Vital statistics of India. Vol. VI, European troops 1870-79
Year: 1870
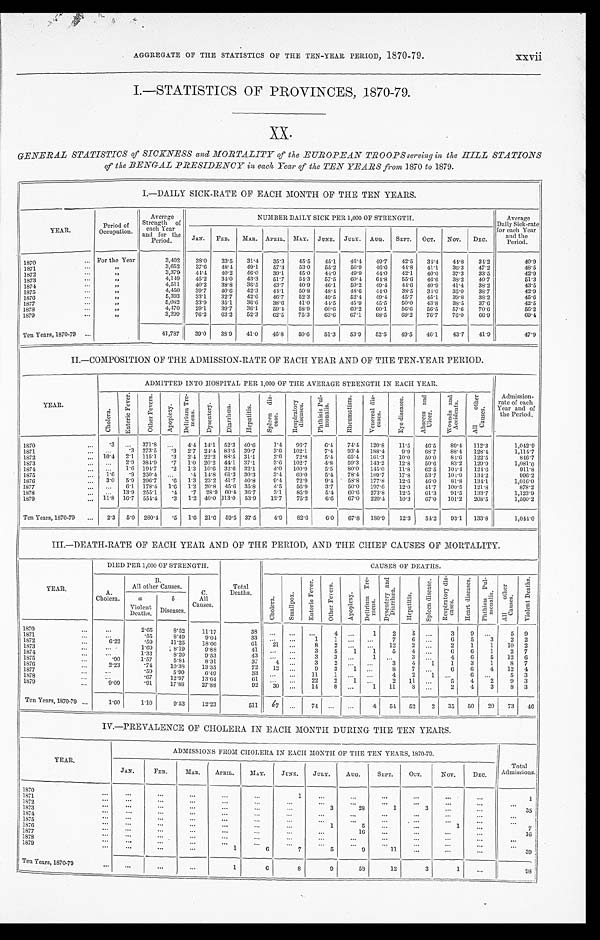
xxvii
AGGREGATE OF THE STATISTICS OF THE TEN-YEAR PERIOD, 1870-79.
I.—STATISTICS OF PROVINCES, 1870-79.
XX.
GENERAL STATISTICS' of SICKNESS and MORTALITY of the EUROPEAN TROOPS serving in the HILL STATIONS
of the BENGAL PRESIDENCY in each Year of the TEN YEARS from 1870 to 1879.
I.—DAILY SICK-RATE OF EACH MONTH OF THE TEN YEARS.
YEAR.
Period of
Occupation.
Average
Strength of
each Year
and for the
Period.
NUMBER DAILY SICK PER 1,000 OF STRENGTH.
Average
Daily Sick-rate
for each Year
and the
Period.
J A N .
FEB.
MAR.
APRIL. MAY.
JUNE.
JULY.
AUG.
SEPT.
OCT.
Nov.
DEC.
1870
. . .
For the Year
3,402
38.0
33.5
31.4
35.3
45.5
45.1
46.4
49.7
42.5
31.4
44.8
34.2
40.9
3,652
37.6
48.4
49.1
57.3
53.0
55.2
56.9
46.6
44.8
41.1
36.3
47.2
48.5
1871 . . .
"
"
3,379
44.4
40.2
46.0
39.1
45.0
44.9
49.9
44.0
42.1
40.0
37.3
33.5
42.9
1872
. . .
"
4,149
45,2
34.0
43.3
51.7
54.3
57.5
60.4
6 4 . 8
55.6
46.6
38.2
40.7
51.3
1873 . . .
"
4,511
40.2
38.8
36.5
43.7
40.9
46.1
50.2
49.4
4 4 . 6
40.9
41.4
38.2
43.5
1874 . . .
"
4,450
39.7
40.6
42.3
44.1
50.8
48.4
48.6
44.0
38.5
34.0
35.0
38.7
42.9
1875 . . .
"
5,393
33.1
32.7
42.6
46.7
52.3
49.5
52.4
49.4
45.7
45.1
39.8
38.2
45.6
1876 . . .
"
5,082
33.9
35.1
36.6
38.6
41.0
44.5
45.9
45.5
50.0
43.8
38.5
37.6
42.5
1877
. . .
"
4,470
29.1
39.7
36.1
59.4
58.9
60.6
60.2
60.1
56.6
56.5
57.6
70.6
56.2
1873
. . .
"
3,299
76.2
63.2
52.3
62.5
75.3
63.6
67.1
68.5
69.2
76.7
76.0
66.9
69.4
1879
. . .
Ten Years, 1870-79
. . .
41,787
39.0
38.9
41.0
46.8
50.6
51.3
53.9
52.5
49.5
46.1
43.7
41.9
47.9
II.—COMPOSITION OF THE ADMISSION-RATE OF EACH YEAR AND OF THE TEN-YEAR PERIOD.
ADMITTED INTO HOSPITAL PER 1,000 OF THE AVERAGE STRENGTH IN EACH YEAR.
Admission-
rate of each
Year and of
the Period.
YEAR.
C h o l e r a .
E n t e r i c F e v e r .
O t h e r F e v e r s .
A p o p l e x y . D e l i r i u m T r e - me n s .
Dy s e n t e r y .
D i a r r h œ a .
Hepat i t i s .
S p l e e n d i s - e a s e s .
R e s p i r a t o r y d i s e a s e s .
P h t h i s i s P u l - mo n a l i s .
R h e u m a t i s m .
V e n e r e a l d i s - e a s e s .
E y e d i s e a s e s .
A b s c e s s a n d U l c e r .
W o u n d s a n d A c c i d e n t s .
A l l o t h e r C a u s e s .
1870 . . .
. 3 . . .
371.8
. . .
4.4 14.1
52.3
40.6
1.4
96.7
6.1
74.4
120.8
11.5
46.5
89.4
112.3
1,042.9
. . .
.3
273.5
.3
2.7 24.4 83.5
39.7
3.6
102.1
7.4
9 3 . 4
188.4
9.9
68.7
88.4
128.4
1,114.7
1871 . . .
10.4
2.1
115.1
.3
2.4
22.2 88.5 31.1
2.6
72.8
5 . 4
65.4
161.3
10.0
50.0
84.6
122.5
816.7
1872 . . .
. . .
2.9
384.9
.7
1.0 20.2
44.1
37.1
3.6
102.7
4.8
59.3
143.2
12.8
50.6
83.2
129.9
1,081.0
1873 . . .
. . .
1.6 194.7
.2
1.3
10.6
32.6
32.1
4.0
100.9
5.5
80.0
145.0
11.8
62.5
104.4
124.6
911.8
1874
. . .
1.6
.9
250.4
. . .
.4 14.8
61.3
30.3
3.4
69.0
5.4
78.1
169.7
17.8
53.7
104.9
134.2
996.2
1875
. . .
3.0
5.9
296.7
.6
1.3
23.2
41.7 40.8
9.4
72.9
9.4
58.8
177.8
12.6
46.0
81.8
131.1
1,016.0
1876
. . .
. . . 6.1 178.4
1.6
1.2 20.8
45.6 35.8
4.5
56.9
3.7
50.0
197.6
12.0
41.7
100.5
121.8
878.2
1877 . . .
. . .
13.9
255.1
.4
.7
28.9 60.4 36.7
3.1
85.9
5.4
60.6
273.8
12.5
61.3
91.5
133.7
1,123.9
1878 . . .
11.8
16.7
554.4
.3
1.2 40.0 113.0
53.9
12.7
75.2
6.6
67.0
220.4
10.3
67.0
101.2
208.5
1,560.2
1879
. . .
Ten Years, 1870-79
. . .
2.3
5.0
280.4
.5
1.6 21.6
59.5 37.5
4.9
82.6
6.0
67.8
180.9
12.3
54.2
93.1
133.8
1,044.0
III.—DEATH-RATE OF EACH YEAR AND OF THE PERIOD, AND THE CHIEF CAUSES OF MORTALITY.
DIED PER 1,000 OF STRENGTH.
Total
Deaths.
CAUSES OF DEATHS.
YEAR.
A.
Cholera.
B.
All other Causes.
C.
All
Causes.
C h o l e r a .
S m a l l p o x .
E n t e r i c F e v e r .
O t h e r F e v e r .
A p o p l e x y .
D e l i r i u m T r e - m e n s .
D y s e n t e r y a n d D i a r r h œ a .
H e p a t i t i s .
S p l e e n d i s e a s e .
R e s p i r a t o r y d i s - e a s e s .
H e a r t d i s e a s e s .
P h t h i s i s P u l - m o n a l i s .
Al l o t h e r C a u s e s .
V i o l e n t d e a t h s .
a
Violent
Deaths.
b
Diseases.
1870 . . .
. . .
2.65
8.52
11.17
3 8
. . .
. . .
. . .
4
. . .
1
2
5
. . .
3
9
. . .
5
9
1871 . . .
. . .
. 5 5
8.49
9.04
33
. . .
. . .
1
1
. . .
. . .
7
6
. . .
6
5
3
2
2
1872 . . .
6.22
.59
11.25
18.06
61
21
. . .
8
2
. . .
. . .
12
2
. . .
2
1
1
10
2
1873. . .
. . .
1 . 6 9
8.19
9.88
4 1
. . .
. . .
3
5
1
1.
5
4
. . .
6
6
1
2
7
1874 . . .
. . .
1.33
8.20
9.53
43
. . .
. . .
3
3
. . .
1
. . .
3
. . .
4
6
5
12
6
1 8 7 5 . . .
.90
1.57
5.84,
8.31
37
4
. . .
3
2
. . .
. . .
3
4
1
1
3
1
8
7
1 8 7 6 . . .
2.23
. 7 4
10.38
13.35
72
12
. . .
9
3
1
. . .
8
7
. . .
6
6
4
12
4
1877
. . .
. . .
.59
5.90
6.49
33
. . .
. . .
11
1 . . .
. . .
4
2
1
. . .
6
. . .
5
3
1878 . . .
. . .
.67
12.97
13.04
61
. . .
. . .
22
2
. . .
. . .
2
11
. . .
5
4
2
9
3
1 8 7 9 . . .
9 . 0 9
.91
17.88
27.88
9 2
30
. . .
14
8
. . .
1
11
8
. . .
2
4
3
8
3
Ten Years, 1870-79 . . .
1.60
1.10
9.53
12.23
511
67
. . .
7 4
. . .
. . .
4
54
52
2
35
50
20
73
46
IV.—PREVALENCE OF CHOLERA IN EACH MONTH DURING THE TEN YEARS.
YEAR.
ADMISSIONS FROM CHOLERA IN EACH MONTH OF THE TEN YEARS, 1870-79.
JAN.
FEB.
MAR.
APRIL.
MAY.
JUNE.
JULY.
AUG.
SEPT.
OCT.
Nov.
DEC.
Total
Admissions.
1870 . . .
. . .
. . .
. . .
. . .
. . .
1
. . .
. . .
. . .
. . .
. . .
. . . 1
1871
. . .
. . .
. . .
. . .
. . .
. . .
. . .
. . .
. . .
. . .
. . .
. . .
. . .
. . .
1872 . . .
. . .
. . .
. . .
. . .
. . .
. . .
3
2 8
1
3
. . .
. . .
3 5
1873 . . .
. . .
. . .
. . .
. . .
. . .
. . .
. . .
. . .
. . .
. . .
. . .
. . .
. . .
1874 . . .
. . .
. . .
. . .
. . .
. . .
. . .
. . .
. . .
. . .
. . .
. . .
. . .
. . .
1875 . . .
. . .
. . .
. . .
. . .
. . .
. . .
1
5
. . .
. . .
1
. . .
7
1876 . . .
. . .
. . .
. . .
. . .
. . .
. . .
. . .
1 6
. . .
. . .
. . .
. . .
1 6
1877
. . .
. . .
. . .
. . .
. . .
. . .
. . .
. . .
. . .
. . .
. . .
. . .
. . .
. . .
1878
. . .
. . .
. . .
. . .
. . .
. . .
. . .
. . .
. . .
. . .
. . .
. . .
. . .
. . .
1879 . . .
. . .
. . .
. . .
1
6
7
5
9
11
. . .
. . .
. . .
39
Ten Years, 1870-79
. . .
. . .
. . .
. . .
1
6
8
9
58
12
3
1
. . .
9 8